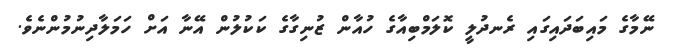
ނޭމާގެ މައިބަދައިގައި ރެނދުލީ ކޮލަމްބިއާގެ ހުއާން ޒުނިގާގެ ކަކުލުން އޭނާ އަށް ހަމަލާދިނުމުންނެވެ.